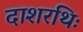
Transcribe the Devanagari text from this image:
दाशरथिः